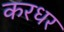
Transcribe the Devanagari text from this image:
करधर